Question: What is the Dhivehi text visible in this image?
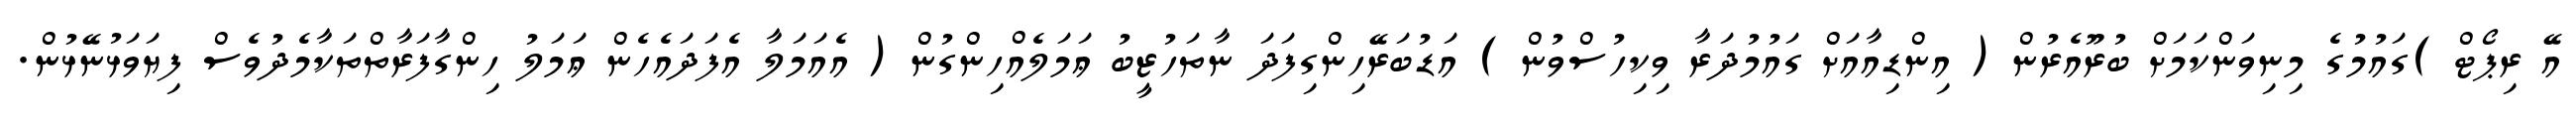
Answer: އޭ ރިޕޯޓް )ގައުމުގެ މިނިވަންކަމަށް ބުރޫއެރުން ( އިންޑިއާއަށް ގައުމުދަރާ ވިކިހުސްވުން ) އަޑުބަރޭހިންގިފަދަ ނާތަހުޒީބު ޢަމަލެއްހިންގުން ( އެއަމަލާ އެފަދައެހެން ޢަމަލު ހިންގާފަރާތްތަކާމެދުވެސް ފިޔަވަޅުނޭޅުން.